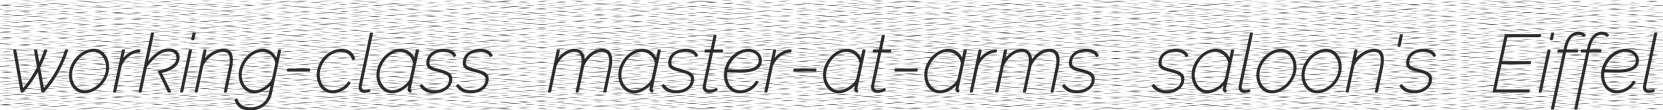
working-class master-at-arms saloon's Eiffel